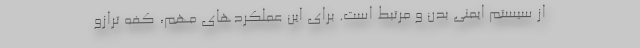
از سیستم ایمنی بدن و مرتبط است. برای این عملکردهای مهم، کفه ترازو